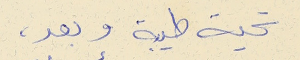
تحية طيبة وبعد،